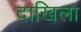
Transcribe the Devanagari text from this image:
दाखिला